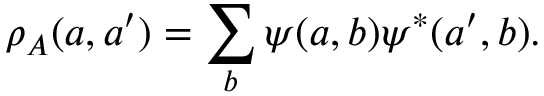
\rho _ { A } ( a , a ^ { \prime } ) = \sum _ { b } \psi ( a , b ) \psi ^ { * } ( a ^ { \prime } , b ) .